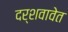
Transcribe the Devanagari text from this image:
दर्शवावेत